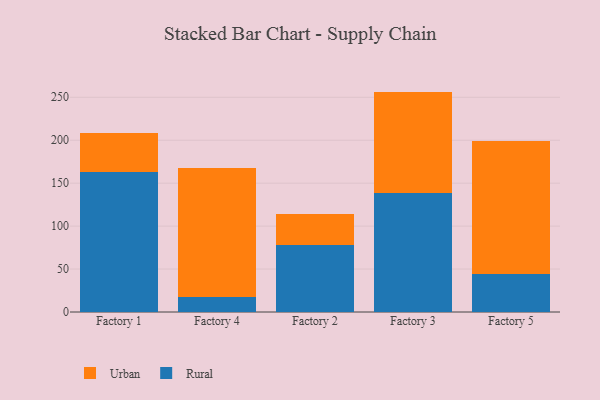
{"axis": {"x": "Factory", "y": "Conversion Rate (%)"}, "legend": ["Rural", "Urban"], "data": [{"x": "Factory 1", "y": 162.5, "type": "Rural"}, {"x": "Factory 1", "y": 46.1, "type": "Urban"}, {"x": "Factory 4", "y": 17.7, "type": "Rural"}, {"x": "Factory 4", "y": 150.1, "type": "Urban"}, {"x": "Factory 2", "y": 78.4, "type": "Rural"}, {"x": "Factory 2", "y": 36.1, "type": "Urban"}, {"x": "Factory 3", "y": 138.8, "type": "Rural"}, {"x": "Factory 3", "y": 117.8, "type": "Urban"}, {"x": "Factory 5", "y": 44.6, "type": "Rural"}, {"x": "Factory 5", "y": 154.5, "type": "Urban"}]}